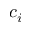
c _ { i }